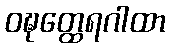
ဝဍ္ဎတ္ထေရဂါထာ